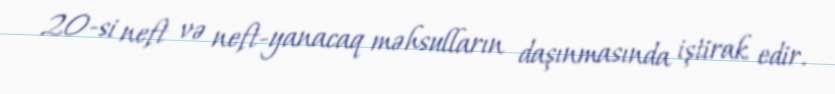
20-si neft və neft-yanacaq məhsulların daşınmasında iştirak edir.